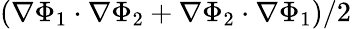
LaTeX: \left(\nabla\Phi_{1}\cdot\nabla\Phi_{2}+\nabla\Phi_{2}\cdot\nabla\Phi_{1}\right)/2